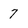
Character: 7